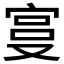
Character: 𫳓